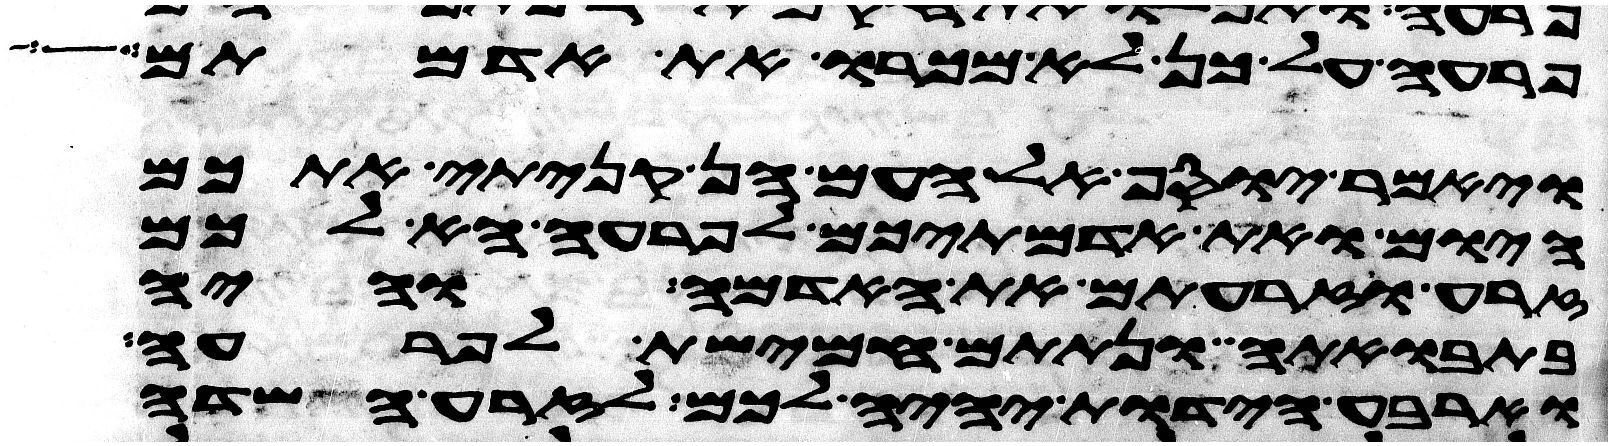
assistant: פרעה על כן לא מכרו את אדמתם
ויאמר יוסף אל העם הן קניתי אתכם
היום ואת אדמתיכם לפרעה הא לכם
זרע וזרעתם את האדמה והיה
בתבואתה ונתתם חמישת לפרעה
וארבע הידות יהיה לכם לזרע השדה